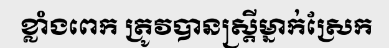
ខ្លាំងពេក ត្រូវបានស្ត្រីម្នាក់ស្រែក